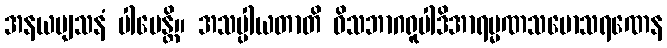
အနယဗျသနံ ပါပေန္တိ။ အသပ္ပါယတာတိ ဝိသဘာဂရူပါဒိအာရမ္မဏသမောသရဏေန